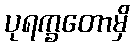
ပုရက္ခတောမှိ